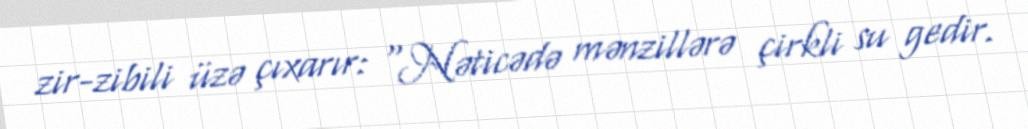
zir-zibili üzə çıxarır: "Nəticədə mənzillərə çirkli su gedir.